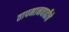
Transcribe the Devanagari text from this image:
तापमानवाढीचे